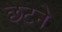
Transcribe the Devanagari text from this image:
छटने